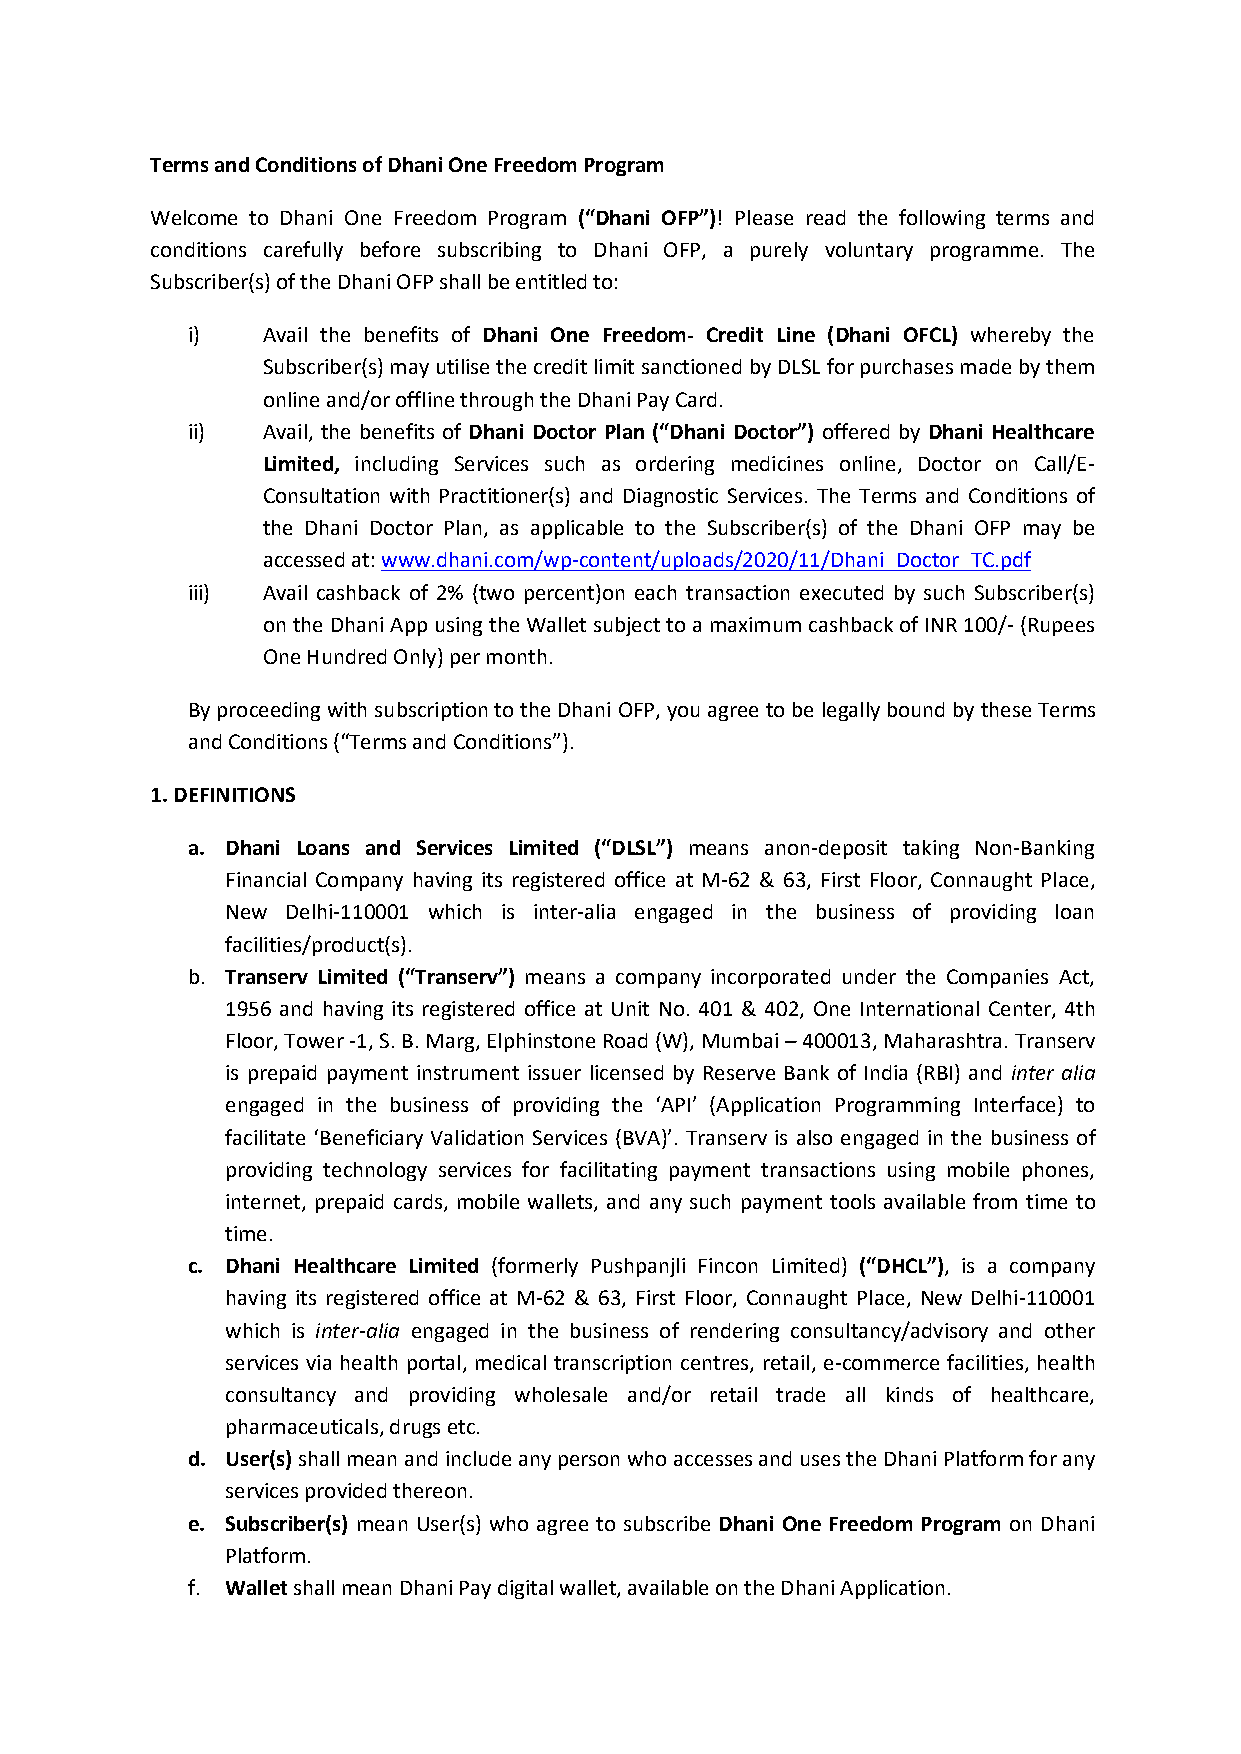
TermsandConditionsofDhaniOneFreedomProgram
 Welcome to Dhani One Freedom Program (“Dhani OFP”)! Please read the following terms and
 conditions carefully before subscribing to Dhani OFP, a purely voluntary programme. The
 Subscriber(s)oftheDhaniOFPshallbeentitledto:
 i)   Avail the benefits of Dhani One Freedom- Credit Line (Dhani OFCL) whereby the
 Subscriber(s)mayutilisethecreditlimitsanctionedbyDLSLforpurchasesmadebythem
 onlineand/orofflinethroughtheDhaniPayCard.
 ii)  Avail, the benefits of Dhani Doctor Plan (“Dhani Doctor”) offered by Dhani Healthcare
 Limited, including Services such as ordering medicines online, Doctor on Call/E-
 Consultation with Practitioner(s) and Diagnostic Services. The Terms and Conditions of
 the Dhani Doctor Plan, as applicable to the Subscriber(s) of the Dhani OFP may be
 accessedat:www.dhani.com/wp-content/uploads/2020/11/Dhani_Doctor_TC.pdf
 iii) Avail cashback of 2% (two percent)on each transaction executed by such Subscriber(s)
 ontheDhaniAppusingtheWalletsubjecttoamaximumcashbackofINR100/-(Rupees
 OneHundredOnly)permonth.
 ByproceedingwithsubscriptiontotheDhaniOFP,youagreetobelegallyboundbytheseTerms
 andConditions(“TermsandConditions”).
 1.DEFINITIONS
 a. Dhani Loans and Services Limited (“DLSL”) means anon-deposit taking Non-Banking
 Financial Company having its registered office at M-62 & 63, First Floor, Connaught Place,
 New Delhi-110001 which is inter-alia engaged in the business of providing loan
 facilities/product(s).
 b. Transerv Limited (“Transerv”) means a company incorporated under the Companies Act,
 1956 and having its registered office at Unit No. 401 & 402, One International Center, 4th
 Floor,Tower-1,S.B.Marg,ElphinstoneRoad(W),Mumbai–400013,Maharashtra.Transerv
 is prepaid payment instrument issuer licensed by Reserve Bank of India (RBI) and inter alia
 engaged in the business of providing the ‘API’ (Application Programming Interface) to
 facilitate ‘Beneficiary Validation Services (BVA)’. Transerv is also engaged in the business of
 providing technology services for facilitating payment transactions using mobile phones,
 internet, prepaid cards, mobile wallets, and any such payment tools available from time to
 time.
 c. Dhani Healthcare Limited (formerly Pushpanjli Fincon Limited) (“DHCL”), is a company
 having its registered office at M-62 & 63, First Floor, Connaught Place, New Delhi-110001
 which is inter-alia engaged in the business of rendering consultancy/advisory and other
 services via health portal, medical transcription centres, retail, e-commerce facilities, health
 consultancy and providing wholesale and/or retail trade all kinds of healthcare,
 pharmaceuticals,drugsetc.
 d. User(s)shallmeanandincludeanypersonwhoaccessesandusestheDhaniPlatformforany
 servicesprovidedthereon.
 e. Subscriber(s) mean User(s) who agree to subscribe Dhani One Freedom Program on Dhani
 Platform.
 f. WalletshallmeanDhaniPaydigitalwallet,availableontheDhaniApplication.